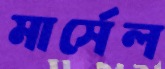
মার্সেল